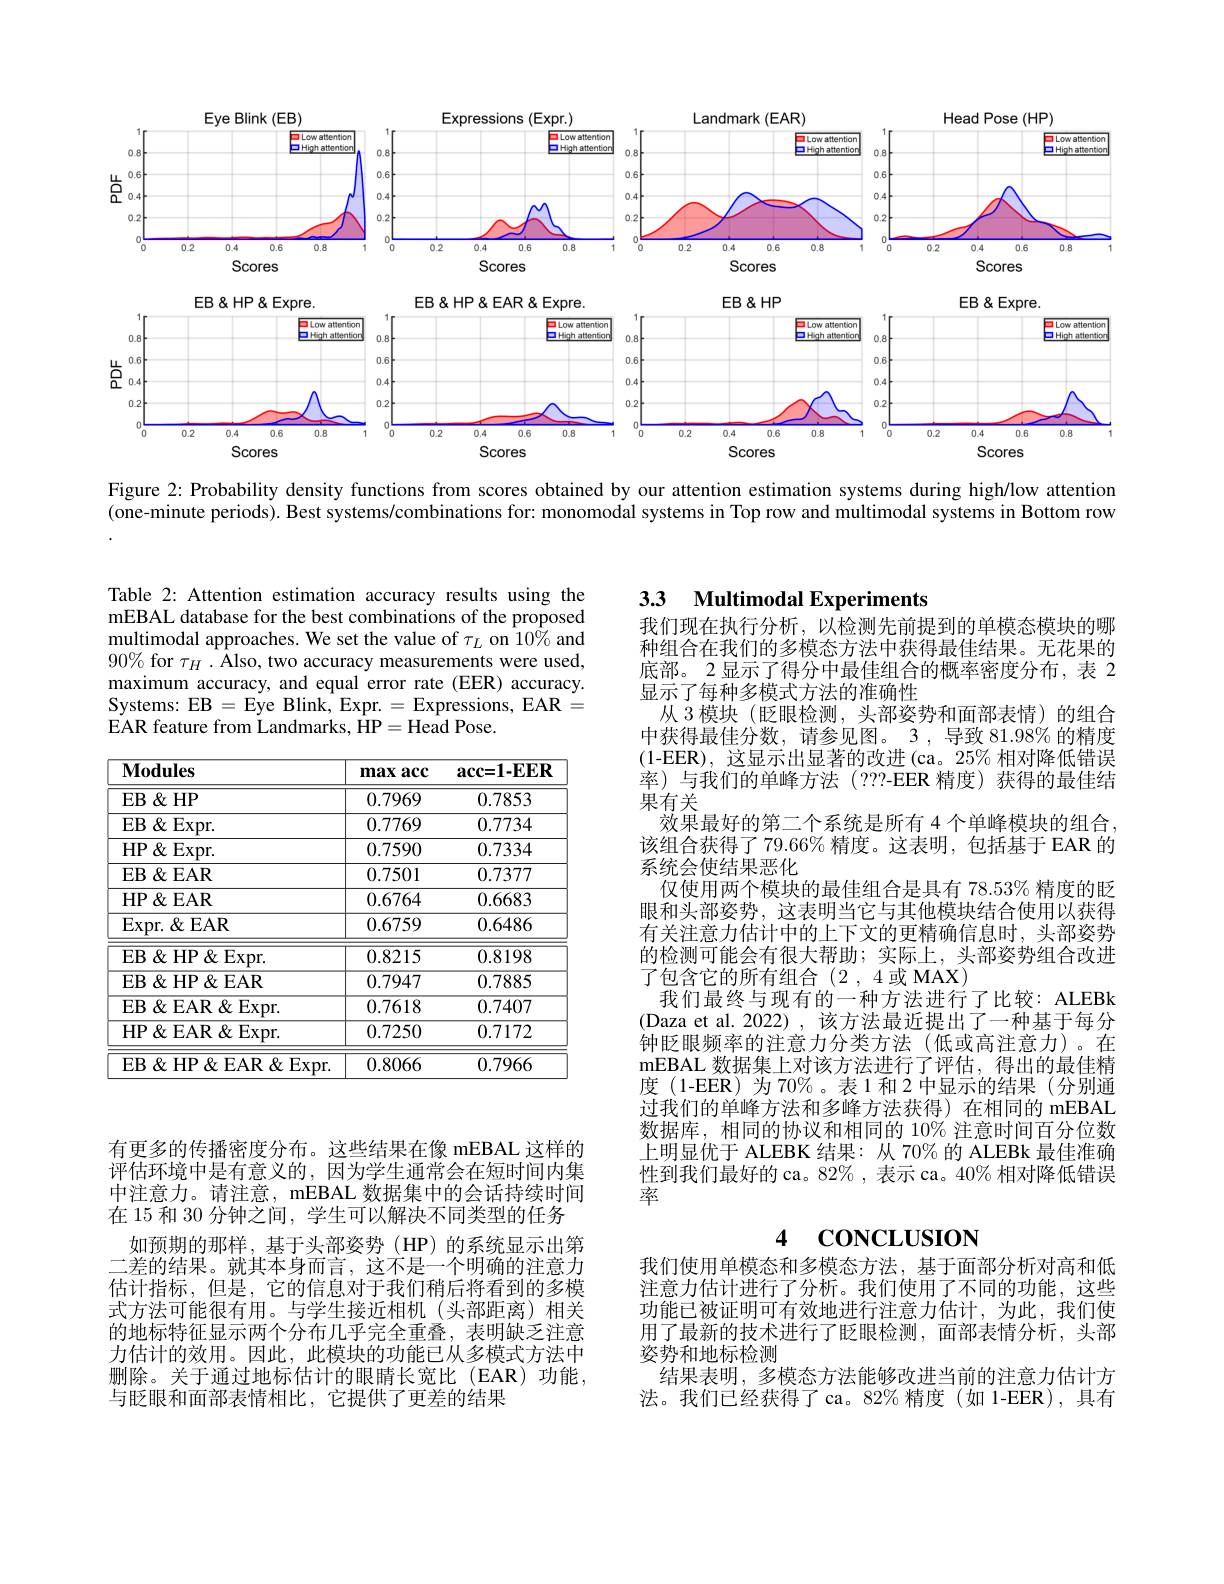
<FigureHere>

Figure 2: Probability density functions from scores obtained by our attention estimation systems during high/low attention

(one-minute periods). Best systems/combinations for: monomodal systems in Top row and multimodal systems in Bottom row

Table 2: Attention estimation accuracy results using the mEBAL database for the best combinations of the proposed multimodal approaches. We set the value of $\tau_L$ on $\hat{10\%}$ and $90\%$ for $\tau_H.$ Also, two accuracy measurements were used, maximum accuracy, and equal error rate (EER) accuracy. Systems: EB $=\dot{\text{Eye Blink, Expr.}}=$ Expressions, EAR = EAR feature from Landmarks, $\hat{H}$P= Head Pose.

<table>
	<tbody>
		<tr>
			<th>$\mathbf{Modules}$</th>
			<th>max acc $\therefore\angle CD=\angle CD$</th>
			<th>$\mathbf{acc=1-EER}$</th>
		</tr>
		<tr>
			<td>$\mathbf{EB}$ $\&$HP</td>
			<td>0.7969</td>
			<td>0.7853</td>
		</tr>
		<tr>
			<td>$EB Expr.$</td>
			<td>0.7769</td>
			<td>0.7734</td>
		</tr>
		<tr>
			<td>HP$\&$Expr.</td>
			<td>0.7590</td>
			<td>0.7334</td>
		</tr>
		<tr>
			<td>$\mathbf{EB}\not<\mathbf{EAR}$</td>
			<td>0.7501</td>
			<td>0.7377</td>
		</tr>
		<tr>
			<td>HP$\&$EAR</td>
			<td>0.6764</td>
			<td>0.6683</td>
		</tr>
		<tr>
			<td>$\operatorname{Expr.}\&\operatorname{EAR}$</td>
			<td>0.6759</td>
			<td>0.6486</td>
		</tr>
		<tr>
			<td>$EB\&HP\&Expr.$</td>
			<td>0.8215</td>
			<td>0.8198</td>
		</tr>
		<tr>
			<td>$EB\&HP\&EAR$</td>
			<td>0.7947</td>
			<td>0.7885</td>
		</tr>
		<tr>
			<td>EB&EAR&Expr.</td>
			<td>0.7618</td>
			<td>0.7407</td>
		</tr>
		<tr>
			<td>${\mathrm{HP}}\&$EAR&Expr</td>
			<td>0.7250</td>
			<td>0.7172</td>
		</tr>
		<tr>
			<td>EB&HP&EAR&Expr.</td>
			<td>0.8066</td>
			<td>0.7966</td>
		</tr>
	</tbody>
</table>

## 3.3 Multimodal Experiments

我们现在执行分析，以检测先前提到的单模态模块的哪种组合在我们的多模态方法中获得最佳结果。无花果的底部。2显示了得分中最佳组合的概率密度分布，表 2显示了每种多模式方法的准确性
从 3 模块 (眨眼检测，头部姿势和面部表情)的组合中获得最佳分数，请参见图。3 ,导致 81.98% 的精度(1-EER),这显示出显著的改进(ca。25%相对降低错误率)与我们的单峰方法(???-EER 精度)获得的最佳结果有关
效果最好的第二个系统是所有 4 个单峰模块的组合该组合获得了79.66%精度。这表明，包括基于EAR 的系统会使结果恶化
仅使用两个模块的最佳组合是具有 78.53% 精度的眨眼和头部姿势，这表明当它与其他模块结合使用以获得有关注意力估计中的上下文的更精确信息时，头部姿势的检测可能会有很大帮助；实际上，头部姿势组合改进了包含它的所有组合(2,4或MAX)
我们最终与现有的一种方法进行了比较：ALEBk (Daza et al. 2022), 该方法最近提出了一种基于每分钟眨眼频率的注意力分类方法(低或高注意力)。在mEBAL 数据集上对该方法进行了评估，得出的最佳精度(1-EER)为70%。表1和2中显示的结果(分别通过我们的单峰方法和多峰方法获得)在相同的 mEBAL 数据库，相同的协议和相同的 10% 注意时间百分位数上明显优于 ALEBK 结果：从 70% 的 ALEBk 最佳准确性到我们最好的 ca。82% , 表示 ca。40% 相对降低错误率

### 4 CONCLUSION

我们使用单模态和多模态方法，基于面部分析对高和低注意力估计进行了分析。我们使用了不同的功能，这些功能已被证明可有效地进行注意力估计，为此，我们使用了最新的技术进行了眨眼检测，面部表情分析，头部姿势和地标检测
结果表明，多模态方法能够改进当前的注意力估计方法。我们已经获得了ca。82%精度(如1-EER),具有

有更多的传播密度分布。这些结果在像 mEBAL 这样的评估环境中是有意义的，因为学生通常会在短时间内集中注意力。请注意，mEBAL 数据集中的会话持续时间在 15 和 30 分钟之间，学生可以解决不同类型的任务
如预期的那样，基于头部姿势(HP)的系统显示出第二差的结果。就其本身而言，这不是一个明确的注意力估计指标，但是，它的信息对于我们稍后将看到的多模式方法可能很有用。与学生接近相机(头部距离)相关的地标特征显示两个分布几乎完全重叠，表明缺乏注意力估计的效用。因此，此模块的功能已从多模式方法中删除。关于通过地标估计的眼睛长宽比(EAR)功能， 与眨眼和面部表情相比，它提供了更差的结果